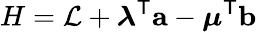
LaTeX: H={\mathcal{L}}+{\boldsymbol{\lambda}}^{\mathsf{T}}{\textbf{a}}-{\boldsymbol{\mu}}^{\mathsf{T}}{\textbf{b}}